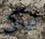
نيكي